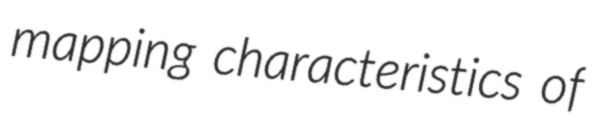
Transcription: mapping characteristics of